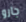
جارو